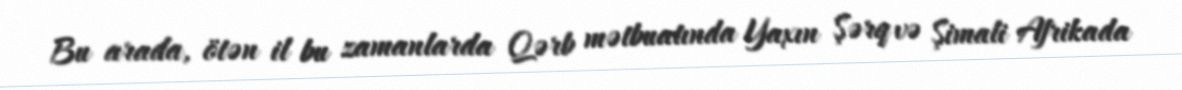
Bu arada, ötən il bu zamanlarda Qərb mətbuatında Yaxın Şərq və Şimali Afrikada